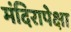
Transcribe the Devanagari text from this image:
मंदिरापेक्षा